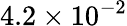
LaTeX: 4.2\times 10^{-2}